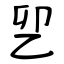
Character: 乮